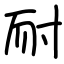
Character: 耐